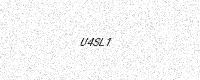
Text: U4SL1